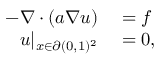
\begin{array} { r l } { - \nabla \cdot ( a \nabla u ) } & { { } = f } \\ { u | _ { x \in \partial ( 0 , 1 ) ^ { 2 } } } & { { } = 0 , } \end{array}